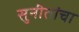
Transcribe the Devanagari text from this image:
सुनीतांचा